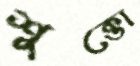
শুক্তো